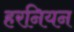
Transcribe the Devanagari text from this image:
हरनियन